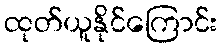
ထုတ်ယူနိုင်ကြောင်း